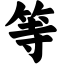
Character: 等